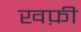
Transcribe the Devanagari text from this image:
खफ़ी